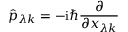
\hat { p } _ { \lambda k } = - \mathrm { i } \hbar \frac { \partial } { \partial x _ { \lambda k } }